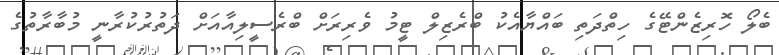
ބެލޯ ހޮރިޒެންޓޭގެ ހިތްދަތި ބައްޔާއެކު ބްރެޒިލް ޓީމު ވެރިރަށް ބްރެސީލިއާއަށް ދަތުރުކުރާނީ މުބާރާތުގެ